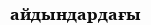
айдындардағы